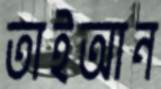
তাইআন